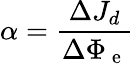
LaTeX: \alpha=\frac{\Delta J_{d}}{\Delta\Phi_{\mathrm{~e~}}}